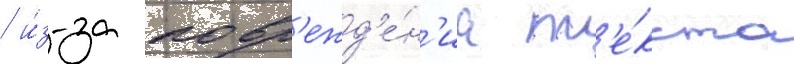
/ и́з-за повр'ежд'е́н'иа т'е́кста